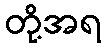
တို့အရ